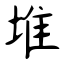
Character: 堆